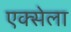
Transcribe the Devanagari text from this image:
एक्सेला